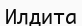
Илдита